King Institute of Preventive Medicine Bacteriolog. Section reports 1907-08
Year: 1907
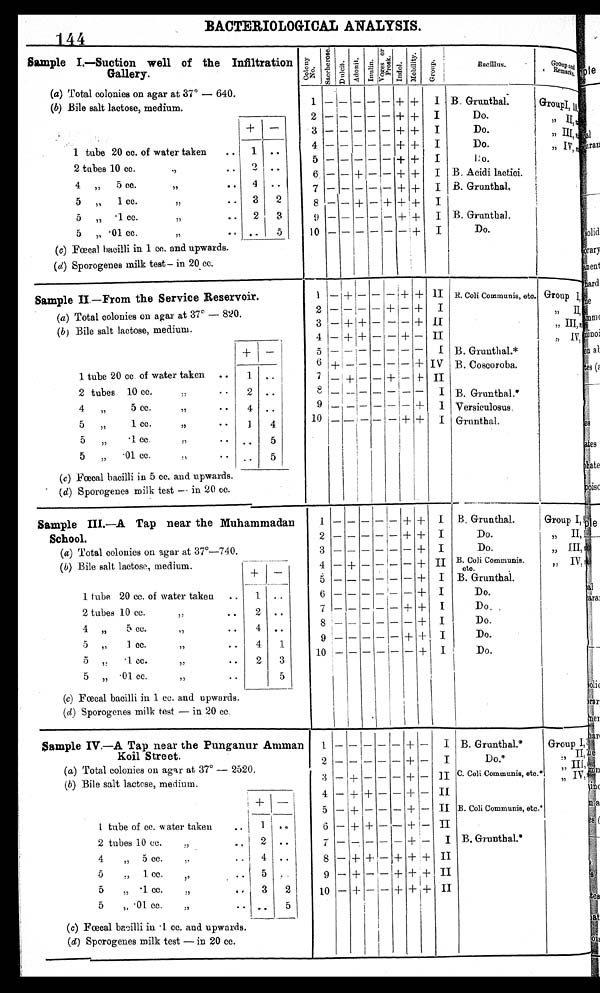
BACTERIOLOGICAL ANALYSIS.
144
Sample I.—Suction well of the Infiltration
Gallery.
Co l o n y
No.
S a c c h a r o s e .
D i l c i t . A d o n e t . I n u l i n .
V o g e s a n d p r o s k .
I n d o l .
M o b i l i t y .
G r o u p .
Bacillus .
/
I
Groups
Remarks.,
(a) Total colonies on agar at 37° — 640.
(b) Bile salt lactose, medium.
1 tube 20 cc. of water taken
+ — ..
2 tubes 10 cc.
.,
. . 1 . .
4 „ 5 cc.
,,
.. 4 ..
5„ Icc. ,, .. 3 2
5 „ • 1 cc.
,,
.. 2 3
5 „ .01 cc.
”
. . .. 5
(c) Fœcal bacilli in 1 cc. and upwards.
(d) Sporogenes milk test— in 20 . cc.
.
1 – – – – – + + I B. Grunthal.
2 – – – – – + + - I
Do.
3– – – – – – + + I
Do.
4— — — — — + +
I Do.
5— — — — — + + I Do.
6 — — + — — + + I B. Acidi lactici.
7 — — — — — + + I B.
Grunthal,
8 — — + — + + + I
9 — — — — — + + I B. Grunthal.
10 — — — — — —
+ I Do.
GroupsI, ,, II
” III I ,
, , I V ,
Sample II—From the Service Reservoir.
(a) Total colonies on agar at 37° — 820.
(b) Bile salt lactose, medium.
_
+ —
1 tube 20 cc of water taken .. 1
..
2 tubes 10 cc.
.. 2 ..
4 „
5 cc.
,, .. 4 ..
5 ,,
1 cc.
,, • • 1 4
5 „
• 1 cc.
,, .. .. 5
5 „ • 01 cc.
.,
.. .. 5
(c) Fœcal bacilli in 5 cc. and upwards.
(d) Sporogenes milk test -- in 20 cc.
1 — + — — + + II R. Coli
Communis, etc.
2 — — — — + — + I
3 — + + — — — + II
4 — + + — — + —
II
5 — — — — — — —
I B. Grunthal.*
6 + — — — — — + IV B. Coscoroba.
8 — — — — — — — I B. Grunthal.* ,
9 — — — — — — +
I Versiculosus.
10 — — — — + +
I I Grunthal.
Group I
,, I I
,,III,
,,
/V
Sample III.—A Tap near the Muhammadan
School.
(a) Total colonies on agar at 37°-740.
(b) Bile salt lactose, medium.
+ —
1 tube 20 cc. of water taken .. 1 ..
2 tubes 10 cc... 2 ..
,,
4 „ 5 cc.
.. 4 ..
,,
5 „ 1 cc.
,,
.. 4 1
.
2 3
5 ,. .1cc ,,
..
5 „ • 01 cc.
,,
..
5
(c) Fœcal bacilli in 1 cc. and upwards.
(d) Sporogenes milk test — in 20 cc.
1 — — — — — + + I B. Grunthal.
2 — — — — — + + I
Do.
3 — — — — — — + I
Do.
4 — + — — — — + B. Coli Communis.
eto.
5 — — — — — — + I B. Grunthal.
6 — — — — — — + I
Do.
7— — — — — + +
Do
8— — — — — —
+
Do.
9— — — — — ++
Do.
10 — — — — — — + I
Do.
1
Group I
„
I I
„ III
„ IVl
Sample IV.—A Tap near the Punganur Amman
Koil Street
(a) Total colonies on agar at 37° — 2520.
(b) .Bile salt lactose, medium.
+ —
I tube of cc. of water taken 1
..
2 tubes 10 cc.
.,
..
2 ..
4
,,
5 cc.
..
.. 4 ..
5
„ 1 cc.
,,
.. 5 2
5 „ • 01 cc.
„
.. .. 5
(c) Fœcal bacillii in 1. cc. and upwards.
(d) Sporogenes milk test — in 20 cc.
I
1— — — — — + — I B. Grunthal.*
2 — — — — — — + I Do*
.3 — + — — — + — I C. Coli Communis, etc.
4 — + + — — + — II
5 — + — — — + — II B. Coli
COmmunis etc.'
6 — + + — — + — II
7— — — — — + — I B. Grunthal.*
8 — + + — + + + II
9 — + — — + + + II
10 — + — — + + + II
GroupI I I
,. III
,, IV